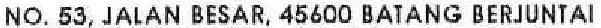
NO. 53, JALAN BESAR, 45600 BATANG BERJUNTAI